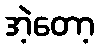
အဲ့တော့